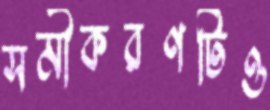
সমীকরণটিও